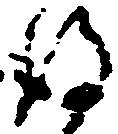
謹